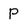
Character: P